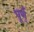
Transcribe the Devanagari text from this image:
पूर्ण्